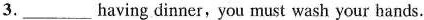
3.___having dinner，you must wash your hands.